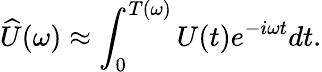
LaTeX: \widehat{U}(\omega)\approx\int_{0}^{T(\omega)}U(t)e^{-i\omega t}dt.